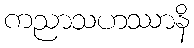
ကညာသဟဿာနိ